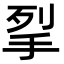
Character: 𭠧